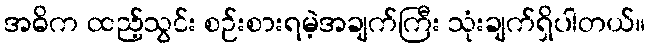
အဓိက ထည့်သွင်း စဉ်းစားရမဲ့အချက်ကြီး သုံးချက်ရှိပါတယ်။